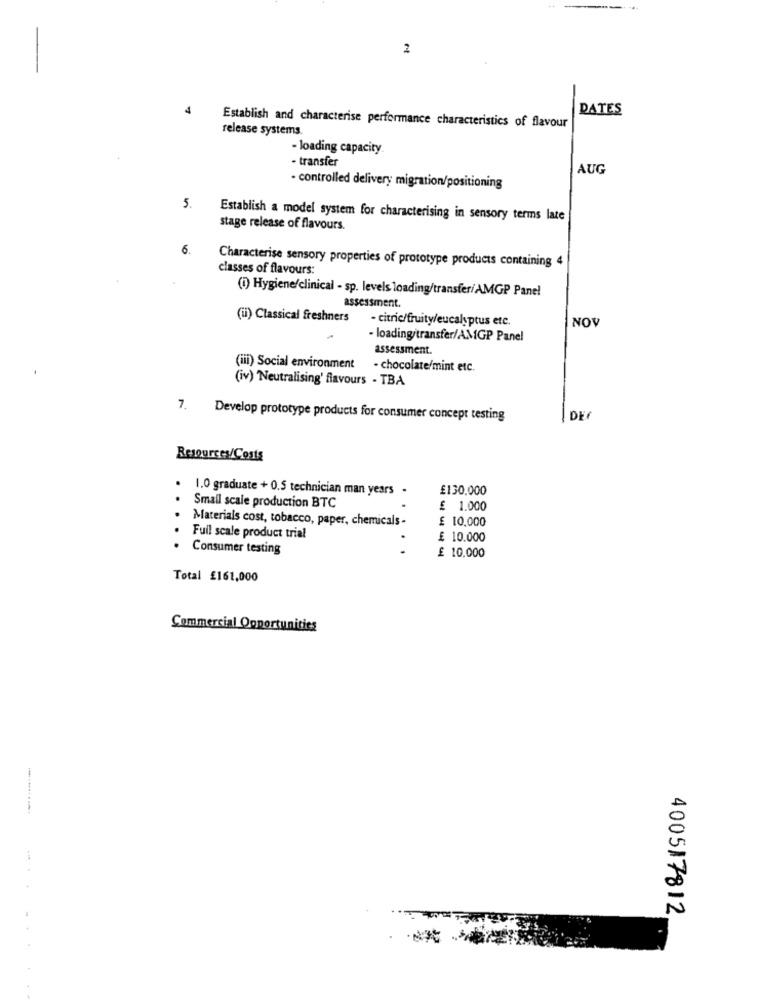
2
DATES
Establish and characterise performance characteristics of flavour
release systems.
loading capacity
- transfer
AUG
- controlled delivery migration/positioning
5.
Establish a model system for characterising in sensory terms late
stage release of flavours.
6.
Characterise sensory properties of prototype products containing 4
classes of flavours:
(i) Hygiene/clinical - sp. levels loading/transfer/AMGP Panel
assessment.
(ii) Classical freshners
- citric/fruity/eucalyptus etc.
NOV
- loading/transfer/AMGP Panel
assessment.
(iii) Social environment - chocolate/mint etc.
(iv) "Neutralising' flavours - TBA
.Develop prototype products for consumer concept testing
DEF
Resources/Costs
1.0 graduate + 0.5 technician man years .
£130.000
Small scale production BTC
£ 1.000
Materials cost, tobacco, paper, chemicals -
£ 10.000
Full scale product trial
£ 10.000
Consumer testing
..
£ 10.000
Total £161,000
Commercial Opportunities
400517812